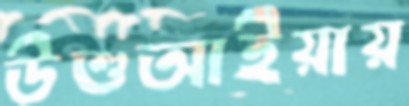
উশুআইয়ায়